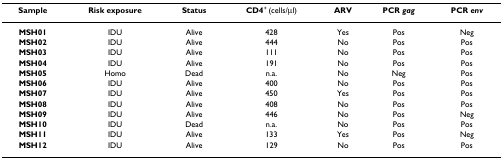
| Sample | Risk exposure | Status | CD4+ (cells/μl) | ARV | PCR gag | PCR env |
 | --- | --- | --- | --- | --- | --- | --- |
 | MSH01 | IDU | Alive | 428 | Yes | Pos | Neg |
 | MSH02 | IDU | Alive | 444 | No | Pos | Pos |
 | MSH03 | IDU | Alive | 111 | No | Pos | Pos |
 | MSH04 | IDU | Alive | 191 | No | Pos | Pos |
 | MSH05 | Homo | Dead | n.a. | No | Neg | Pos |
 | MSH06 | IDU | Alive | 400 | No | Pos | Pos |
 | MSH07 | IDU | Alive | 450 | Yes | Pos | Pos |
 | MSH08 | IDU | Alive | 408 | No | Pos | Pos |
 | MSH09 | IDU | Alive | 446 | No | Pos | Neg |
 | MSH10 | IDU | Dead | n.a. | No | Pos | Pos |
 | MSH11 | IDU | Alive | 133 | Yes | Pos | Neg |
 | MSH12 | IDU | Alive | 129 | No | Pos | Pos |